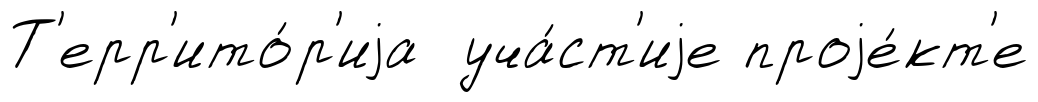
Т'ерр'ито́р'иjа уча́ст'иjе проjе́кт'е